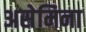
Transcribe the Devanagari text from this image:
असेमिना